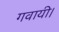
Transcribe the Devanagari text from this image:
गवायी।